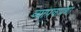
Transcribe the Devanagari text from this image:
व्यापकपणा